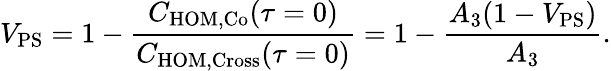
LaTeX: V_{\mathrm{PS}}=1-\frac{C_{\mathrm{HOM,Co}}(\tau=0)}{C_{\mathrm{HOM,Cross}}(\tau=0)}=1-\frac{A_{3}(1-V_{\mathrm{PS}})}{A_{3}}.